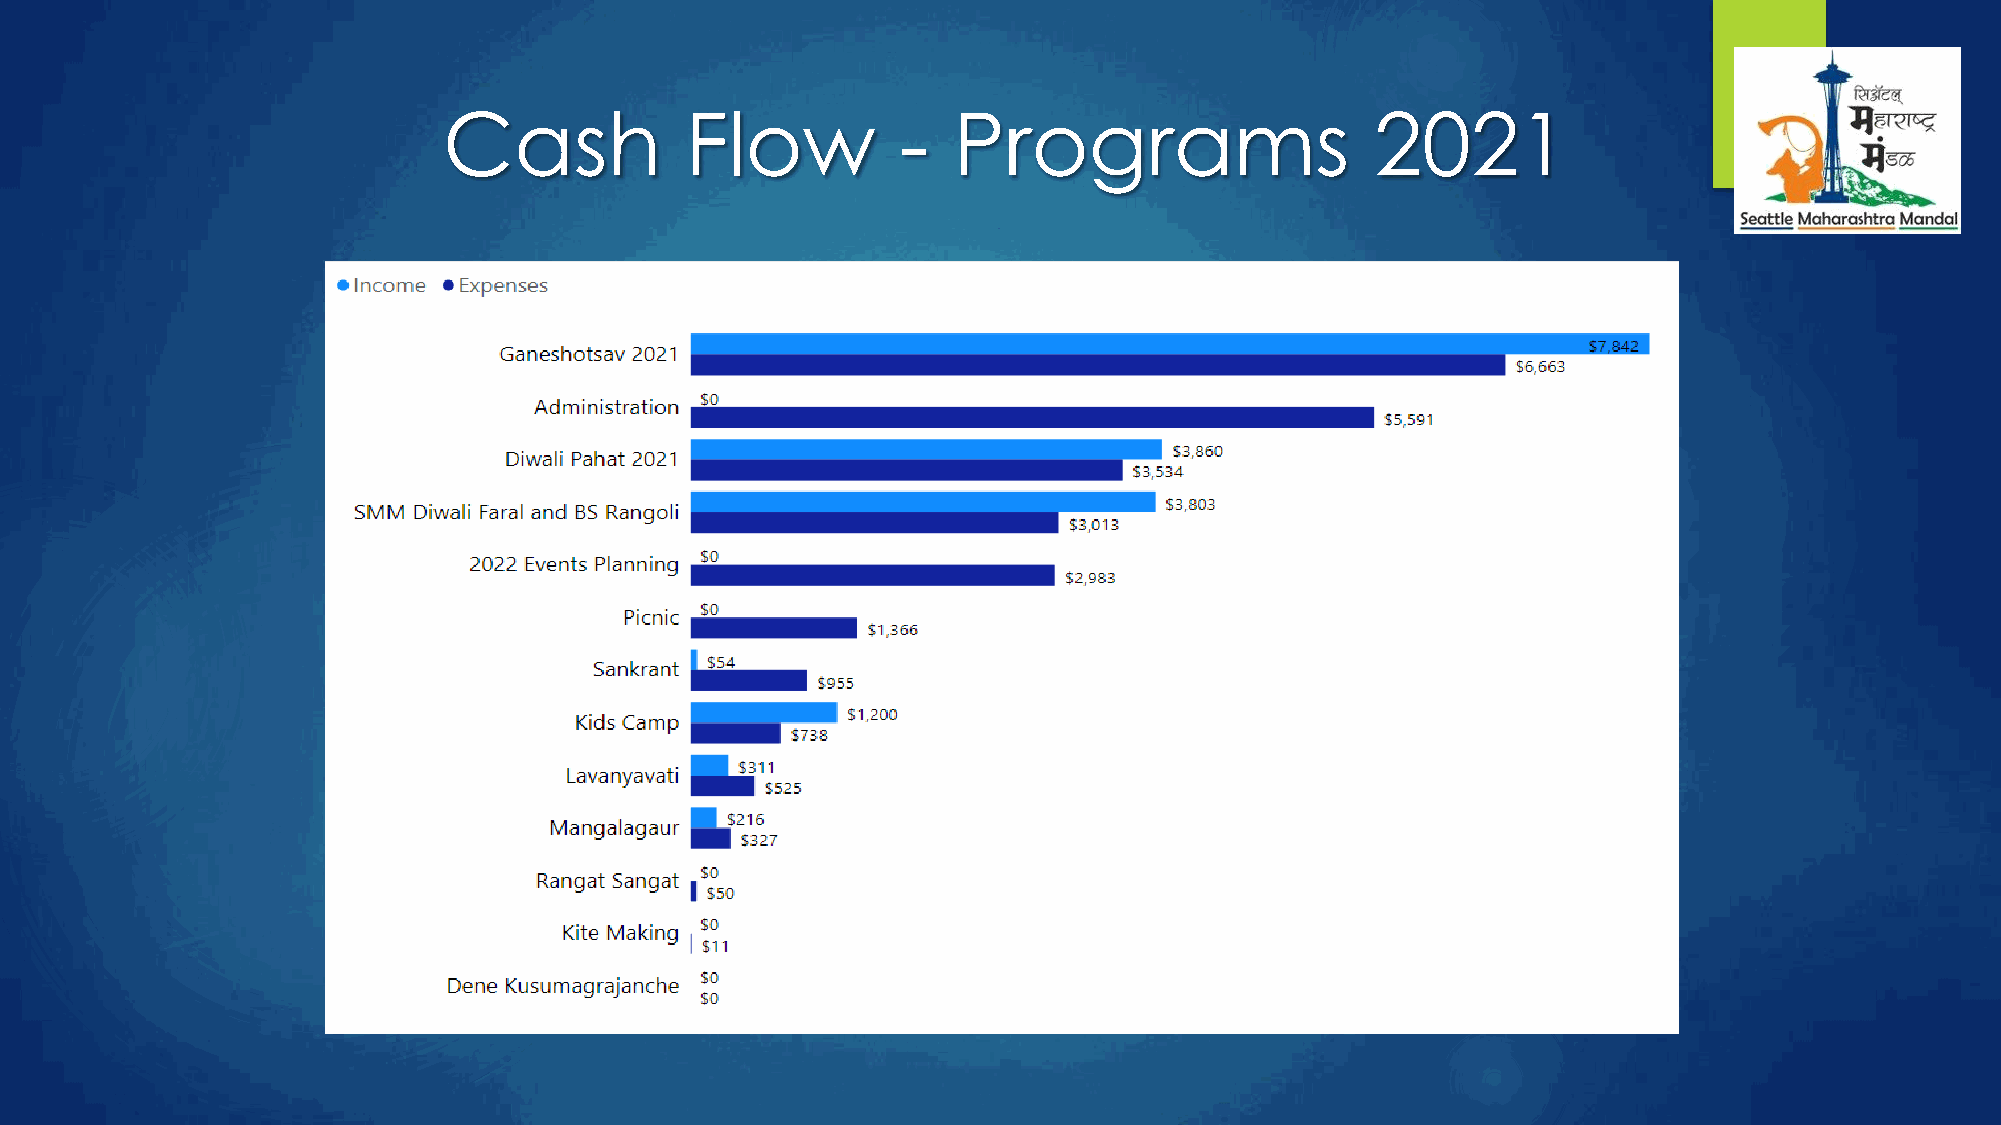
Cash            Flow           -  Programs                    2021